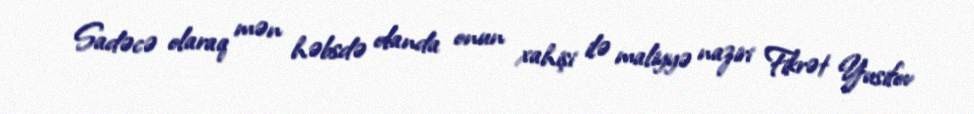
Sadəcə olaraq mən həbsdə olanda onun xahişi ilə maliyyə naziri Fikrət Yusifov